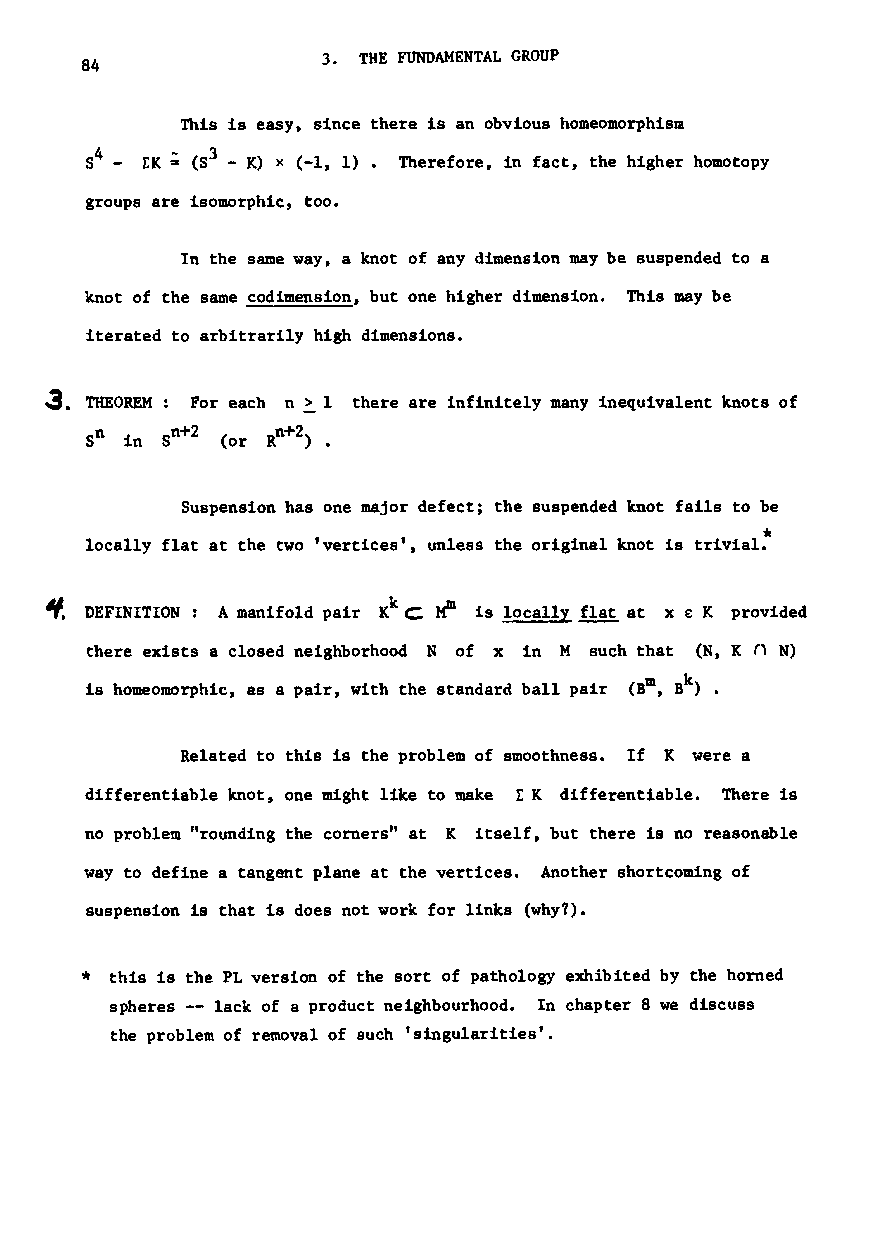
3. THE FUNDAMENTAL GROUP
 84
 This is easy, since there is an obvious homeomorphism
 4
 8 - tK; (53 - K) x (-1, 1). Therefore, in fact, the higher homotopy
 groups are isomorphic, too.
 In the same way, a knot of any dimension may be suspended to a
 knot of the same codimension, but one higher dimension. This may be
 iterated to arbitrarily high dimensions.
 ~. THEOREM For each n ~ I there are infinitely many inequivalent knots of
 5n
 in sn+2 (or
 Rn+2
 ) •
 Suspension has one major defect; the suspended knot fails to be
 *
 locally flat at the two 'vertices', unless the original knot is trivial.
 ~  DEFINITION: Amanifold pair Kk C l-fl 1s locally flat at x € K provided
 there exists a closed neighborhood N of x in M such that (N, K r, N)
 m k
 is homeomorphic, as a pair, with the standard ball pair (B , B ) •
 Related to this is the problem of smoothness. If K were a
 differentiable knot, one might like to make L K differentiable. There is
 no problem "rounding the corners" at K itself, but there is no reasonable
 way to define a tangent plane at the vertices. Another shortcoming of
 suspension is that is does not work for links (why?).
 • this is the PL version of the sort of pathology exhibited by the horned
 spheres -- lack of a product neighbourhood. In chapter 8 we discuss
 the problem of removal of such 'singularities'.